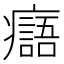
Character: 𤻭